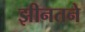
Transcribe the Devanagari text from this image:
झीनतने